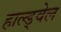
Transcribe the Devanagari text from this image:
हाल्ड्वेल